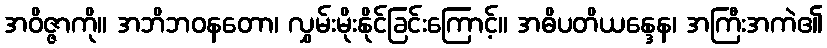
အဝိဇ္ဇာကို။ အဘိဘဝနတော၊ လွှမ်းမိုးနိုင်ခြင်းကြောင့်။ အဓိပတိယန္ဒေန၊ အကြီးအကဲ၏